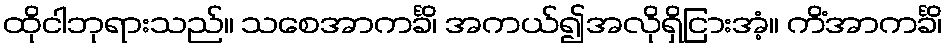
ထိုငါဘုရားသည်။ သစေအာကင်္ခိ၊ အကယ်၍အလိုရှိငြားအံ့။ ကိံအာကင်္ခိ၊